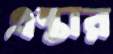
এন্তার